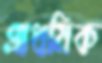
প্রাধমিক